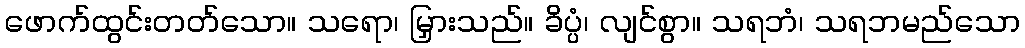
ဖောက်ထွင်းတတ်သော။ သရော၊ မြှားသည်။ ခိပ္ပံ၊ လျင်စွာ။ သရဘံ၊ သရဘမည်သော